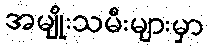
အမျိုးသမီးများမှာ